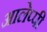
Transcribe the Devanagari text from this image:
आलेप्पी